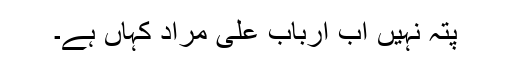
پتہ نہیں اب ارباب علی مراد کہاں ہے۔